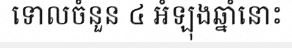
ទោលចំនួន ៤ អំឡុងឆ្នាំនោះ